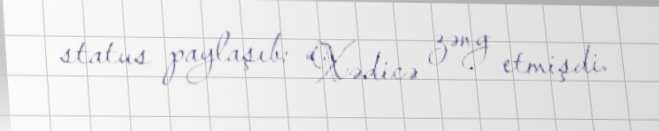
status paylaşıb: “Xədicə zəng etmişdi.